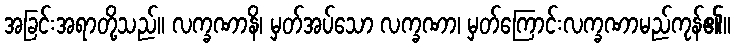
အခြင်းအရာတို့သည်။ လက္ခဏာနိ၊ မှတ်အပ်သော လက္ခဏာ၊ မှတ်ကြောင်းလက္ခဏာမည်ကုန်၏။